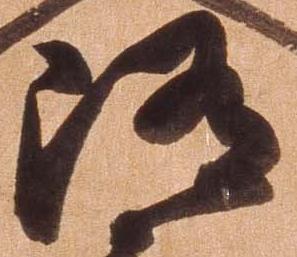
随